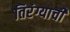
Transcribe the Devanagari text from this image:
तिरंग्याची